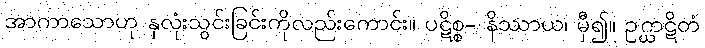
အာကာသောဟု နှလုံးသွင်းခြင်းကိုလည်းကောင်း။ ပဋိစ္စ- နိဿာယ၊ မှီ၍။ ဥဂ္ဃာဋိတံ